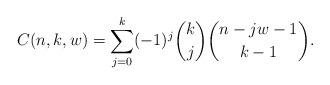
LaTeX: \begin{align*}C(n,k,w) = \sum_{j=0}^k (-1)^j \binom{k}{j} \binom{n - jw-1}{k-1}.\end{align*}